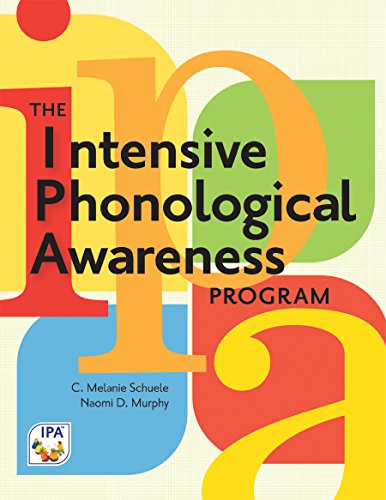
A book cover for The Intensive Phonological Awareness (IPA) Program; C. Schuele Ph.D.  CCC-SLP; Reference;